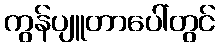
ကွန်ပျူတာပေါ်တွင်